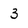
Character: 3